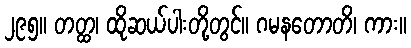
၂၉၅။ တတ္ထ၊ ထိုဆယ်ပါးတို့တွင်။ ဂမနတောတိ၊ ကား။